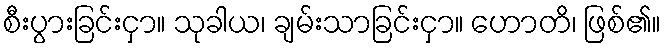
စီးပွားခြင်းငှာ။ သုခါယ၊ ချမ်းသာခြင်းငှာ။ ဟောတိ၊ ဖြစ်၏။